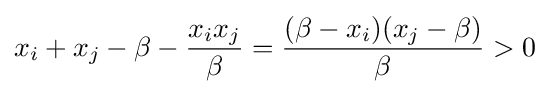
x_{i}+x_{j}-\beta -{\frac {x_{i}x_{j}}{\beta }}={\frac {(\beta -x_{i})(x_{j}-\beta )}{\beta }}>0